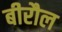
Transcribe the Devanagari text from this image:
बीरौल